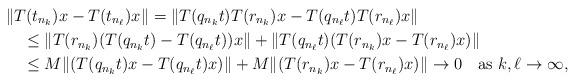
LaTeX: \begin{align*}&\|T(t_{n_k})x-T(t_{n_\ell})x\|=\|T(q_{n_k}t)T(r_{n_k})x-T(q_{n_\ell}t)T(r_{n_\ell})x\|\\&\quad\leq \|T(r_{n_k})(T(q_{n_k}t)-T(q_{n_\ell}t))x\|+\|T(q_{n_\ell}t)(T(r_{n_k})x-T(r_{n_\ell})x)\|\\&\quad\leq M\|(T(q_{n_k}t)x-T(q_{n_\ell}t)x)\|+M\|(T(r_{n_k})x-T(r_{n_\ell})x)\|\to 0\quad\mbox{as $k,\ell\to\infty$},\end{align*}